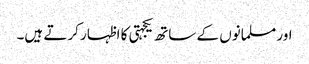
اور مسلمانوں کے ساتھ یکجہتی کا اظہار کرتے ہیں۔